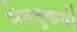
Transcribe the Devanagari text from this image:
सेल्जुकयों